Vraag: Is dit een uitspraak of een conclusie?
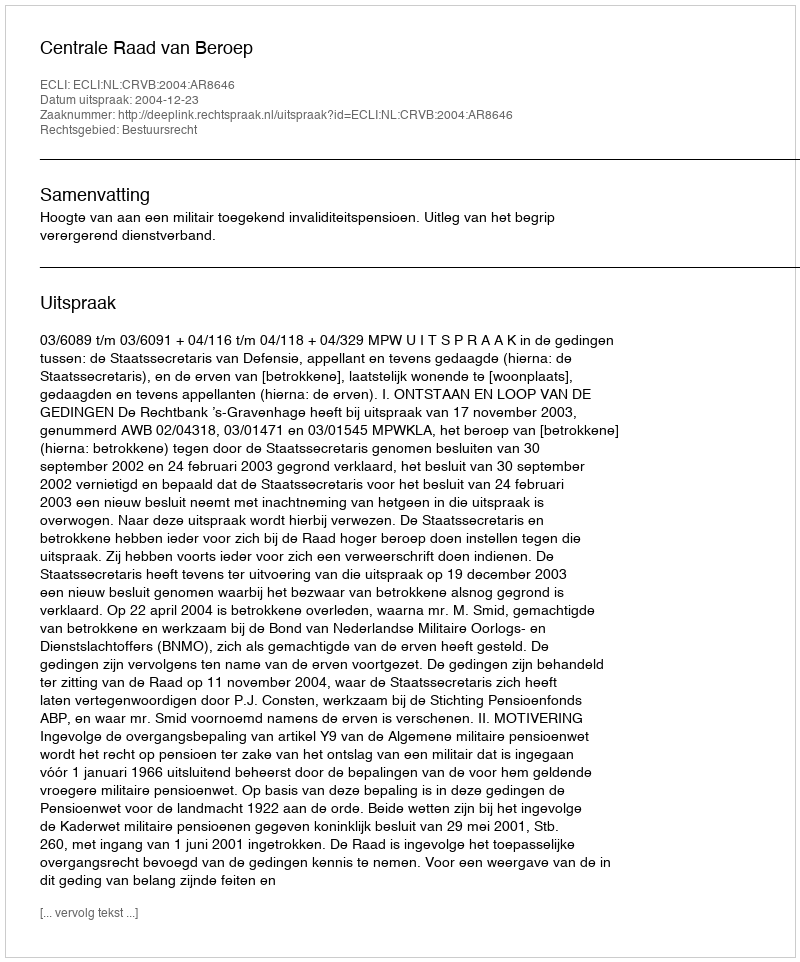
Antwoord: Uitspraak